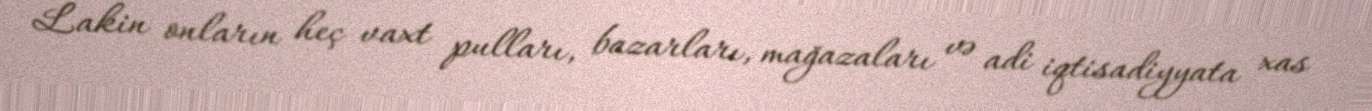
Lakin onların heç vaxt pulları, bazarları, mağazaları və adi iqtisadiyyata xas